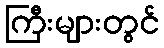
ကြီးများတွင်